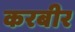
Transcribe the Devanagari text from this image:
करबीर